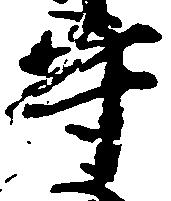
守